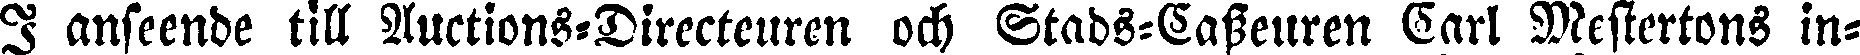
I anseende till Auctions-Directeuren och Stads-Casseuren Carl Mestertons in-